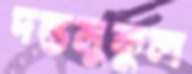
দন্তমুকুল